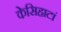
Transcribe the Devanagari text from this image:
केसिहाटां